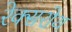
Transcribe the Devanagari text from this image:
रेक्सरोथ